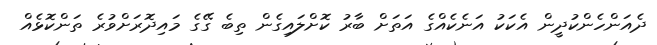
ދެއަންހެންކުދީން އެކަކު އަނެކެއްގެ އަތަށް ބާރު ކޮށްލައިގެން ތިބެ ގޭގެ މައިދޮރަށްވުރެ ތަންކޮޅެއް